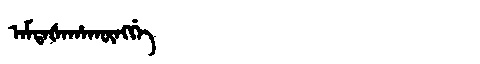
Manchu: ᠠᠮᡨᠠᡧᠠᡥᠠᡴᡡᠩᡤᡝ
Romanization: AMTAŠAHAKŪNGGE